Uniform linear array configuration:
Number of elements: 64
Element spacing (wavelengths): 1
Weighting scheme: cosine
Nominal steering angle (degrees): -60
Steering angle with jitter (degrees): -60.871
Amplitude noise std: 0.05
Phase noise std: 0.05

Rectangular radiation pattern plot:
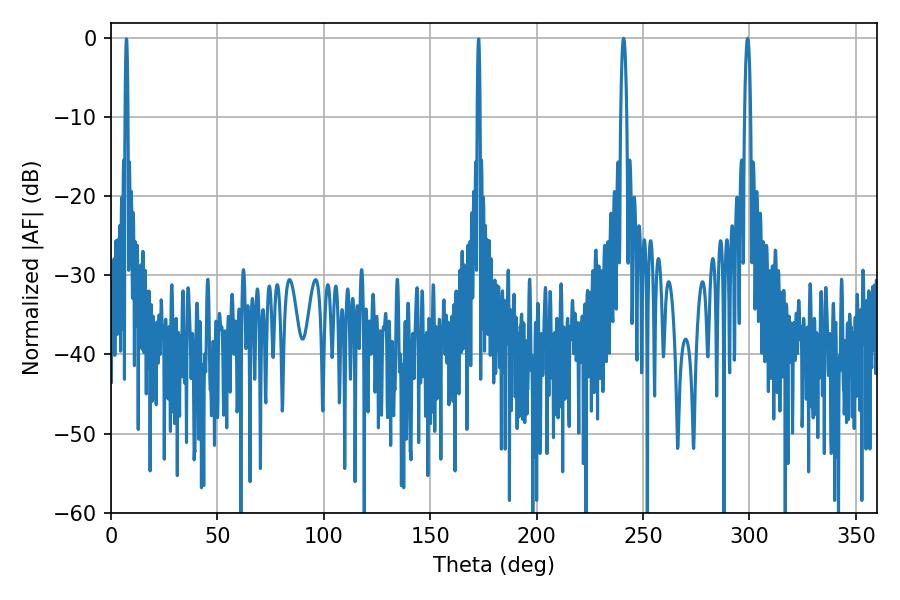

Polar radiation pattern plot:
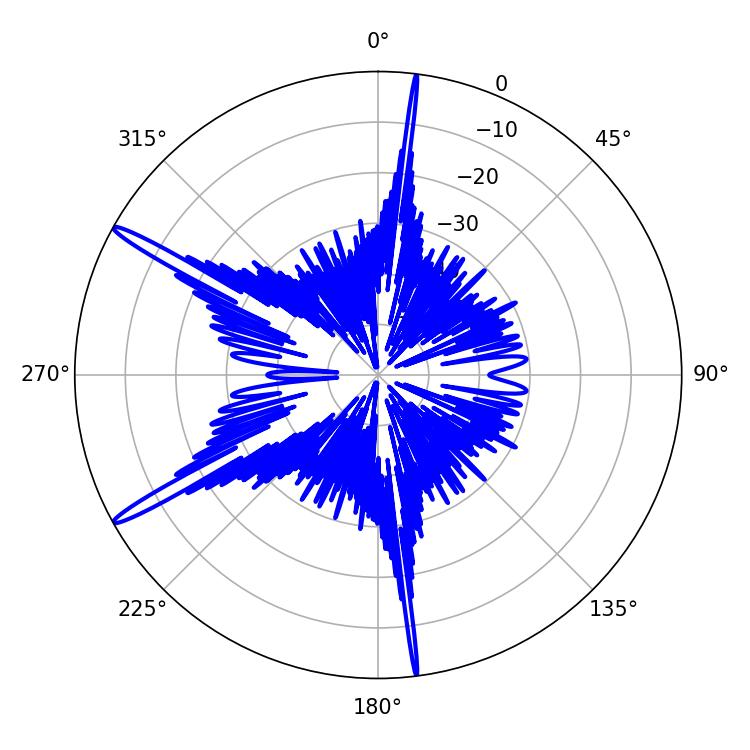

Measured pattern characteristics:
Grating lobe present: TRUE
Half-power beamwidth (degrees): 1.44
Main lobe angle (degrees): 240.84